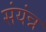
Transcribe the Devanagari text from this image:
संयंन्न